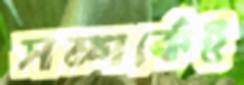
সম্পর্কেই